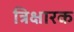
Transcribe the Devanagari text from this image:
त्रिक्षारक